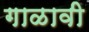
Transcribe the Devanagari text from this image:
गाळावी